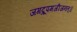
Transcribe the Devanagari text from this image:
जगद्रूपमजीजनत्॥